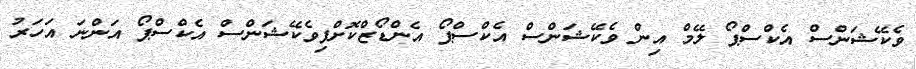
ވެކޭޝަންސް އެކްސްޕޯ ލޭމް އިން ވެކޭޝަންސް އެކްސްޕޯ އެންޑޯޒްކޮށްފިވެކޭޝަންސް އެކްސްޕޯ އަންނަ އަހަރު